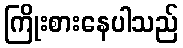
ကြိုးစားနေပါသည်